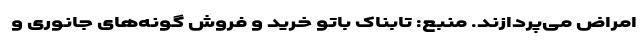
امراض می‌پردازند. منبع: تابناک باتو خرید و فروش گونه‌های جانوری و